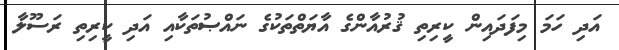
އަދި ހަމަ މިފަދައިން ކީރިތި ޤުރުއާންގެ އާޔަތްތަކުގެ ނައްޞުތަކާއި އަދި ކީރިތި ރަސޫލާ